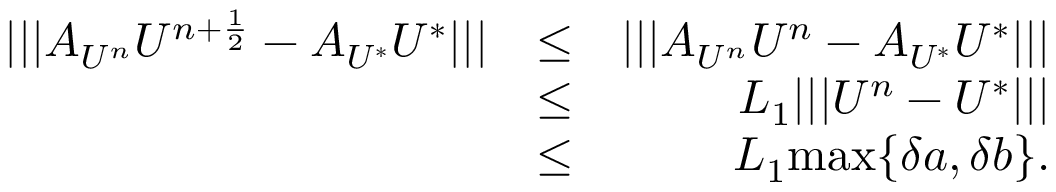
\begin{array} { r l r } { \lvert \lvert \lvert A _ { U ^ { n } } U ^ { n + \frac { 1 } { 2 } } - A _ { U ^ { * } } U ^ { * } \rvert \rvert \rvert } & { \leq } & { \lvert \lvert \lvert A _ { U ^ { n } } U ^ { n } - A _ { U ^ { * } } U ^ { * } \rvert \rvert \rvert } \\ & { \leq } & { L _ { 1 } \lvert \lvert \lvert U ^ { n } - U ^ { * } \rvert \rvert \rvert } \\ & { \leq } & { L _ { 1 } \mathrm { m a x } \{ \delta a , \delta b \} . } \end{array}